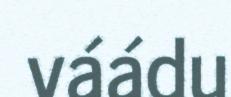
váádu